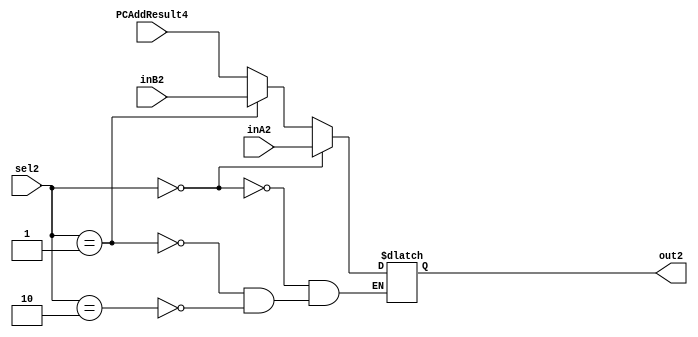
`timescale 1ns / 1ps
//////////////////////////////////////////////////////////////////////////////////
// Company: 
// Engineer: 
// 
// Design Name: 
// Module Name: WBMUX
// Project Name: 
// Target Devices: 
// Tool Versions: 
// Description: 
// 
// Dependencies: 
// 
// Revision:
// Revision 0.01 - File Created
// Additional Comments:
// 
//////////////////////////////////////////////////////////////////////////////////

module WBMux(PCAddResult4,out2, inA2, inB2, sel2);

    output reg [31:0] out2;
    
    input [31:0] inA2;
    input [31:0] inB2,PCAddResult4;
    input [1:0] sel2;

    /* Fill in the implementation here ... */ 
    always@(sel2,inA2,inB2,PCAddResult4) begin
        if (sel2==2'b00) begin
            out2<=inA2;
        end
        else if (sel2==2'b01) begin
            out2<=inB2;
        end
        else if(sel2==2'b10) begin
            out2<=PCAddResult4;
        end
    end
endmodule